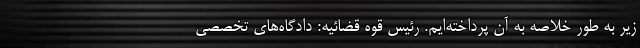
زیر به طور خلاصه به آن پرداخته‌ایم. رئیس قوه قضائیه: دادگاه‌های تخصصی